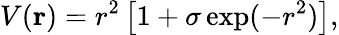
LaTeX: V(\mathbf{r})=r^{2}\left[1+\sigma\exp(-r^{2})\right],